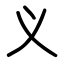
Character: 义